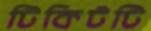
টিকিটটি